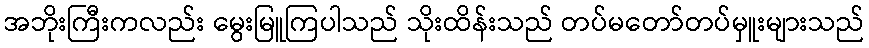
အဘိုးကြီးကလည်း မွေးမြူကြပါသည် သိုးထိန်းသည် တပ်မတော်တပ်မှူးများသည်